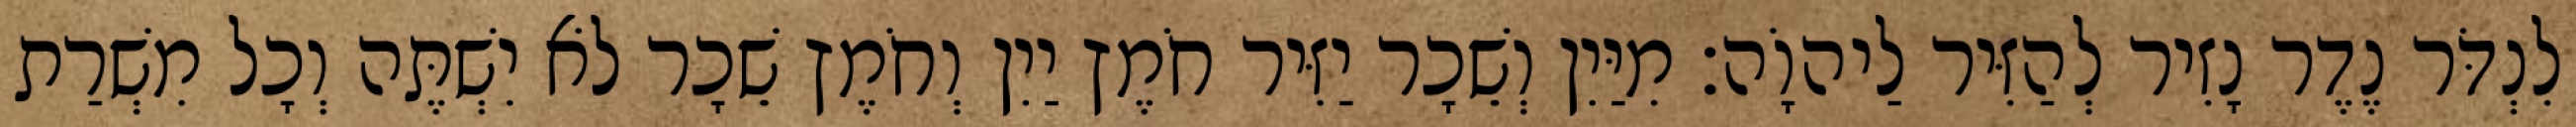
לִנְדֹּר נֶדֶר נָזִיר לְהַזִּיר לַיהוָֹה׃ מִיַּיִן וְשֵׁכָר יַזִּיר חֹמֶץ יַיִן וְחֹמֶץ שֵׁכָר לֹא יִשְׁתֶּה וְכָל מִשְׁרַת